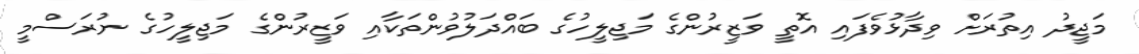
މަޖީދު އިތުރަށް ވިދާޅުވެފައި އޮތީ ވަޒީރުންގެ މަޖިލީހުގެ ބައްދަލުވުންތަކާއި ވަޒީރުންގެ މަޖިލީހުގެ ނުރަސްމީ